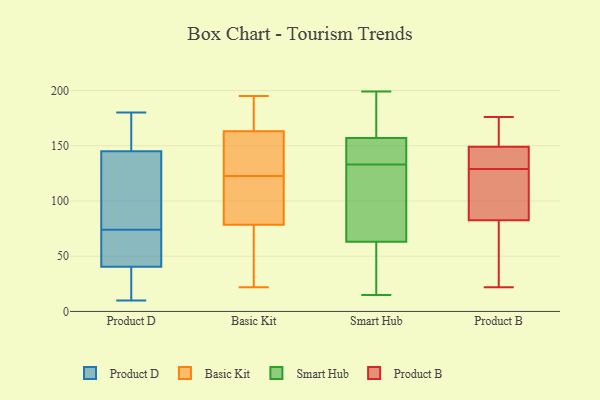
{"axis": {"x": "Churn Rate (%)", "y": "Value"}, "legend": ["Basic Kit", "Product B", "Product D", "Smart Hub"], "data": [{"x": "", "y": 82, "type": "Product D"}, {"x": "", "y": 10, "type": "Product D"}, {"x": "", "y": 110, "type": "Product D"}, {"x": "", "y": 165, "type": "Product D"}, {"x": "", "y": 15, "type": "Product D"}, {"x": "", "y": 74, "type": "Product D"}, {"x": "", "y": 63, "type": "Product D"}, {"x": "", "y": 48, "type": "Product D"}, {"x": "", "y": 147, "type": "Product D"}, {"x": "", "y": 42, "type": "Product D"}, {"x": "", "y": 171, "type": "Product D"}, {"x": "", "y": 139, "type": "Product D"}, {"x": "", "y": 19, "type": "Product D"}, {"x": "", "y": 180, "type": "Product D"}, {"x": "", "y": 40, "type": "Product D"}, {"x": "", "y": 174, "type": "Product D"}, {"x": "", "y": 104, "type": "Product D"}, {"x": "", "y": 25, "type": "Product D"}, {"x": "", "y": 59, "type": "Product D"}, {"x": "", "y": 64, "type": "Basic Kit"}, {"x": "", "y": 183, "type": "Basic Kit"}, {"x": "", "y": 22, "type": "Basic Kit"}, {"x": "", "y": 93, "type": "Basic Kit"}, {"x": "", "y": 140, "type": "Basic Kit"}, {"x": "", "y": 145, "type": "Basic Kit"}, {"x": "", "y": 46, "type": "Basic Kit"}, {"x": "", "y": 130, "type": "Basic Kit"}, {"x": "", "y": 115, "type": "Basic Kit"}, {"x": "", "y": 195, "type": "Basic Kit"}, {"x": "", "y": 193, "type": "Basic Kit"}, {"x": "", "y": 38, "type": "Basic Kit"}, {"x": "", "y": 134, "type": "Basic Kit"}, {"x": "", "y": 107, "type": "Basic Kit"}, {"x": "", "y": 181, "type": "Basic Kit"}, {"x": "", "y": 93, "type": "Basic Kit"}, {"x": "", "y": 136, "type": "Smart Hub"}, {"x": "", "y": 108, "type": "Smart Hub"}, {"x": "", "y": 130, "type": "Smart Hub"}, {"x": "", "y": 195, "type": "Smart Hub"}, {"x": "", "y": 55, "type": "Smart Hub"}, {"x": "", "y": 109, "type": "Smart Hub"}, {"x": "", "y": 151, "type": "Smart Hub"}, {"x": "", "y": 146, "type": "Smart Hub"}, {"x": "", "y": 157, "type": "Smart Hub"}, {"x": "", "y": 15, "type": "Smart Hub"}, {"x": "", "y": 143, "type": "Smart Hub"}, {"x": "", "y": 168, "type": "Smart Hub"}, {"x": "", "y": 31, "type": "Smart Hub"}, {"x": "", "y": 199, "type": "Smart Hub"}, {"x": "", "y": 63, "type": "Smart Hub"}, {"x": "", "y": 77, "type": "Smart Hub"}, {"x": "", "y": 58, "type": "Smart Hub"}, {"x": "", "y": 177, "type": "Smart Hub"}, {"x": "", "y": 158, "type": "Product B"}, {"x": "", "y": 133, "type": "Product B"}, {"x": "", "y": 145, "type": "Product B"}, {"x": "", "y": 166, "type": "Product B"}, {"x": "", "y": 124, "type": "Product B"}, {"x": "", "y": 65, "type": "Product B"}, {"x": "", "y": 176, "type": "Product B"}, {"x": "", "y": 137, "type": "Product B"}, {"x": "", "y": 108, "type": "Product B"}, {"x": "", "y": 44, "type": "Product B"}, {"x": "", "y": 153, "type": "Product B"}, {"x": "", "y": 100, "type": "Product B"}, {"x": "", "y": 22, "type": "Product B"}, {"x": "", "y": 55, "type": "Product B"}, {"x": "", "y": 136, "type": "Product B"}, {"x": "", "y": 125, "type": "Product B"}]}